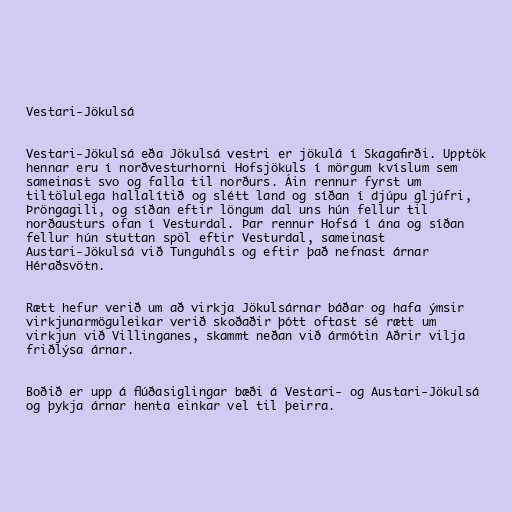
Vestari-Jökulsá

Vestari-Jökulsá eða Jökulsá vestri er jökulá í Skagafirði. Upptök
hennar eru í norðvesturhorni Hofsjökuls í mörgum kvíslum sem
sameinast svo og falla til norðurs. Áin rennur fyrst um
tiltölulega hallalítið og slétt land og síðan í djúpu gljúfri,
Þröngagili, og síðan eftir löngum dal uns hún fellur til
norðausturs ofan í Vesturdal. Þar rennur Hofsá í ána og síðan
fellur hún stuttan spöl eftir Vesturdal, sameinast
Austari-Jökulsá við Tunguháls og eftir það nefnast árnar
Héraðsvötn.

Rætt hefur verið um að virkja Jökulsárnar báðar og hafa ýmsir
virkjunarmöguleikar verið skoðaðir þótt oftast sé rætt um
virkjun við Villinganes, skammt neðan við ármótin Aðrir vilja
friðlýsa árnar.

Boðið er upp á flúðasiglingar bæði á Vestari- og Austari-Jökulsá
og þykja árnar henta einkar vel til þeirra.